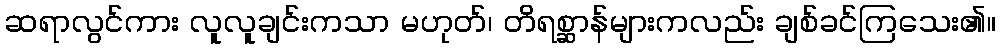
ဆရာလွင်ကား လူလူချင်းကသာ မဟုတ်၊ တိရစ္ဆာန်များကလည်း ချစ်ခင်ကြသေး၏။